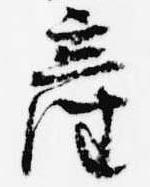
産